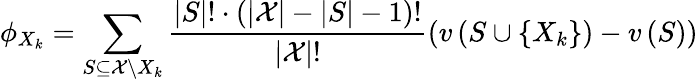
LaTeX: \phi_{X_{k}}=\sum_{S\subseteq\mathcal{X}\backslash X_{k}}\frac{|S|!\cdot\left(|\mathcal{X}|-|S|-1\right)!}{|\mathcal{X}|!}\left(v\left(S\cup\left\{ X_{k}\right\} \right)-v\left(S\right)\right)